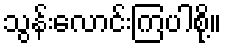
သွန်းလောင်းကြပါစို့။